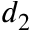
d _ { 2 }